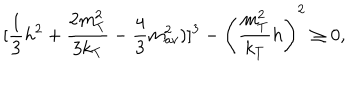
LaTeX: [ { \frac { 1 } { 3 } } h ^ { 2 } + { \frac { 2 m _ { T } ^ { 2 } } { 3 k _ { T } } } - { \frac { 4 } { 3 } } m _ { a v } ^ { 2 } ) ] ^ { 3 } - \left( { \frac { m _ { T } ^ { 2 } } { k _ { T } } } h \right) ^ { 2 } \geq 0 ,